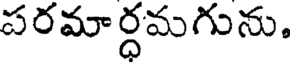
పరమార్ధమగును.